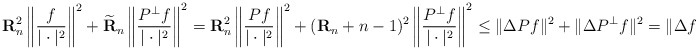
\begin{align*}\mathbf{R}_n^2\left\|\frac{f}{|\cdot|^2}\right\|^2+\widetilde{\mathbf{R}}_n\left\|\frac{P^{\perp}f}{|\cdot|^2}\right\|^2 =\mathbf{R}_n^2\left\|\frac{Pf}{|\cdot|^2}\right\|^2+(\mathbf{R}_n + n-1)^2\left\|\frac{P^{\perp}f}{|\cdot|^2}\right\|^2 \le\|\Delta Pf\|^2+\|\Delta P^{\perp}f\|^2=\|\Delta f\|^2.\end{align*}